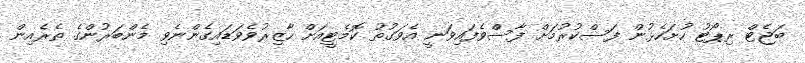
ބަޖެޓް ރިޕޯޓު ހުށަހެޅުން ފަސްކުރުމަށް ފާސްވެފައިވަނީ އެވަގުތު ކޮމެޓީއަށް ހާޒިރުވެވަޑައިގެންނެވި މެންބަރުންގެ ތެރެއިން